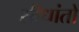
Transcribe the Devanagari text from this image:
सीधांतो